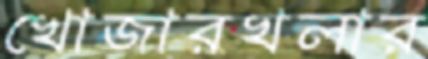
খোজারখলার